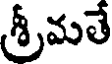
శ్రీమతే